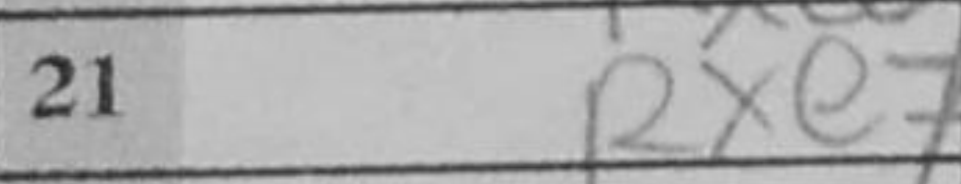
Transcription: Rxe7